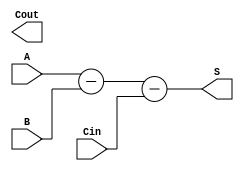
module ripple_subtractor (
    input [3:0] A,
    input [3:0] B,
    input Cin,
    output [3:0] S,
    output Cout
);

wire [3:0] C;

assign S = A - B - Cin;
assign Cout = C[3];

endmodule